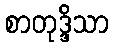
စာတုဒ္ဒိသာ